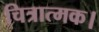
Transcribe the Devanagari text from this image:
चित्रात्मक।